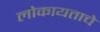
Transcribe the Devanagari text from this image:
लोकायताचे